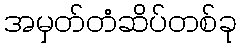
အမှတ်တံဆိပ်တစ်ခု